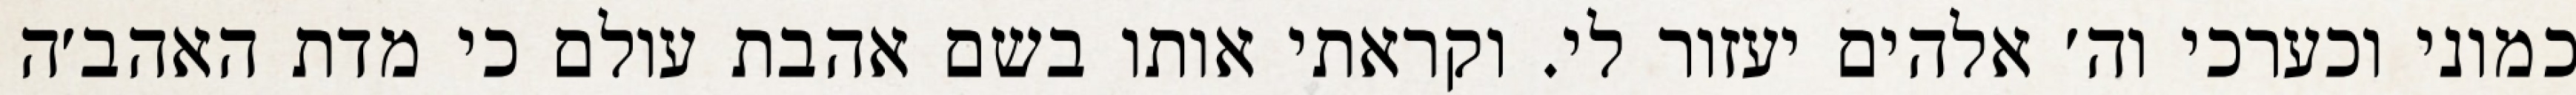
כמוני וכערכי וה׳ אלהים יעזור לי. וקראתי אותו בשם אהבת עולם כי מדת האהב׳ה